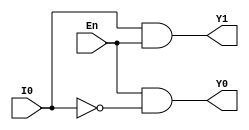
module decoder1to2(Y1, Y0, I0, En);

output reg Y1, Y0;

input I0, En;

wire w1;

and a1(Y1, I0, En);
not n1(w1, I0);
and a2(Y0, En, w1);

endmodule